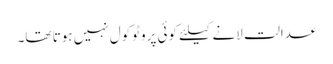
عدالت لانے کیلئے کوئی پروٹوکول نہیں ہوتا تھا۔